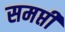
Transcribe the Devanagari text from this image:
समप्ती